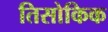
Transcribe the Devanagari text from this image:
तिसोकिक